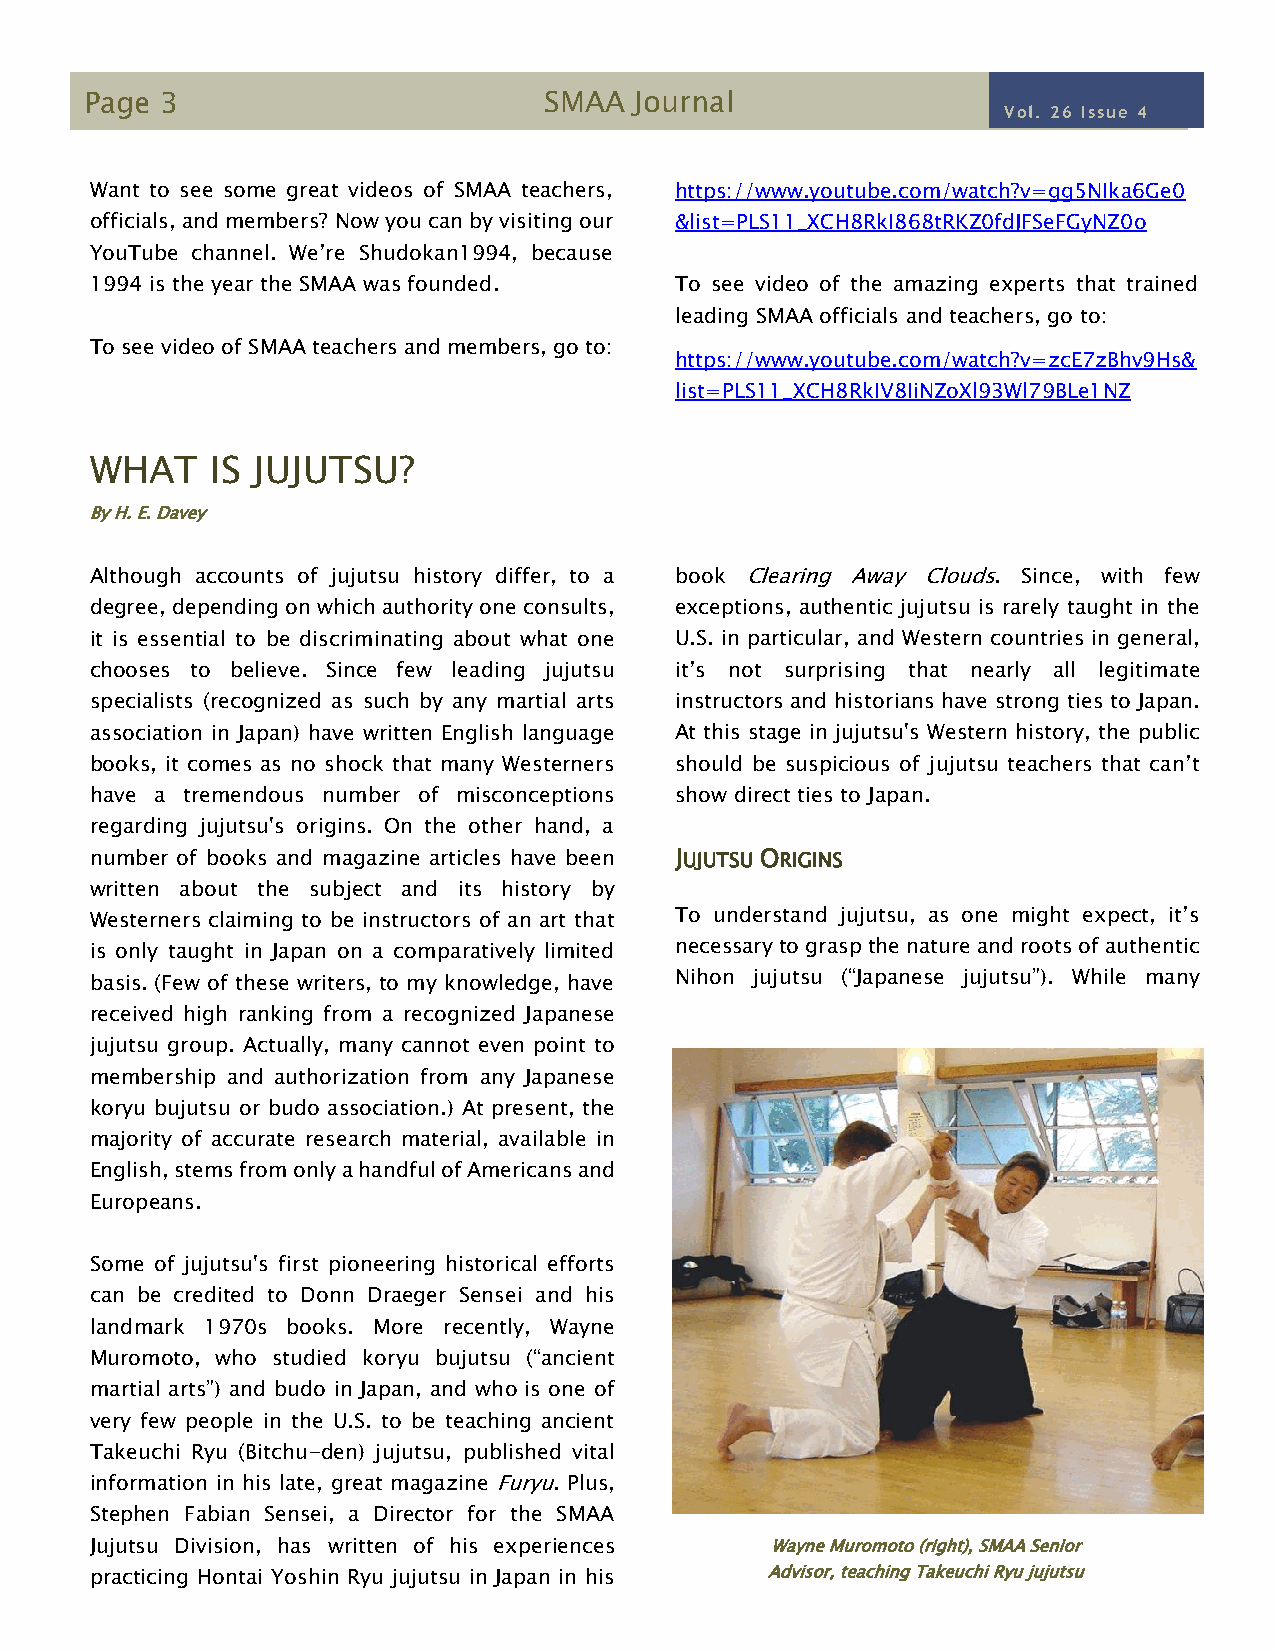
Page 3                        SMAA  Journal
 Vol. 26 Issue 4
 41IIssueI2
 Want to s ee some great videos of SMAA teachers, https://www.youtube.com/watch?v=gg5NIka6Ge0
 officials, a nd members? Now you can by visiting our &list=PLS11_XCH8RkI868tRKZ0fdJFSeFGyNZ0o
 YouTube channel. We’re Shudokan1994, because
 1994 is the year the SMAA was founded. To see video of the amazing experts that trained
 leading SMAA officials and teachers, go to:
 To see video of SMAA teachers and members, go to:
 https://www.youtube.com/watch?v=zcE7zBhv9Hs&
 list=PLS11_XCH8RkIV8IiNZoXl93Wl79BLe1NZ
 WHAT    IS JUJUTSU?
 By H. E. Davey
 Although accounts of jujutsu history differ, to a book Clearing Away Clouds. Since, with few
 degree, depending on which authority one consults, exceptions, authentic jujutsu is rarely taught in the
 it is essential to be discriminating about what one U.S. in particular, and Western countries in general,
 chooses to believe. Since few leading jujutsu it’s not surprising that nearly all legitimate
 specialists (recognized as such by any martial arts instructors and historians have strong ties to Japan.
 association in Japan) have written English language At this stage in jujutsu's Western history, the public
 books, it comes as no shock that many Westerners should be suspicious of jujutsu teachers that can’t
 have a t remendous number of misconceptions show direct ties to Japan.
 regarding jujutsu's origins. On the other hand, a
 number o f books and magazine articles have been JUJUTSU ORIGINS
 written a bout the subject and its history by
 Westerner s claiming to be instructors of an art that To understand jujutsu, as one might expect, it’s
 is only ta ught in Japan on a comparatively limited necessary to grasp the nature and roots of authentic
 basis. (Few of these writers, to my knowledge, have Nihon jujutsu (“Japanese jujutsu”). While many
 received high ranking from a recognized Japanese
 jujutsu group. Actually, many cannot even point to
 membership and authorization from any Japanese
 koryu bujutsu or budo association.) At present, the
 majority of accurate research material, available in
 English, st ems from only a handful of Americans and
 Europeans .
 Some of j ujutsu's first pioneering historical efforts
 can be cr edited to Donn Draeger Sensei and his
 landmark 1970s books. More recently, Wayne
 Muromoto, who studied koryu bujutsu (“ancient
 martial arts”) and budo in Japan, and who is one of
 very few people in the U.S. to be teaching ancient
 Takeuchi Ryu (Bitchu-den) jujutsu, published vital
 information in his late, great magazine Furyu. Plus,
 Stephen Fabian Sensei, a Director for the SMAA
 Jujutsu Division, has written of his experiences Wayne Muromoto (right), SMAA Senior
 practicing Hontai Yoshin Ryu jujutsu in Japan in his Advisor, teaching Takeuchi Ryu jujutsu